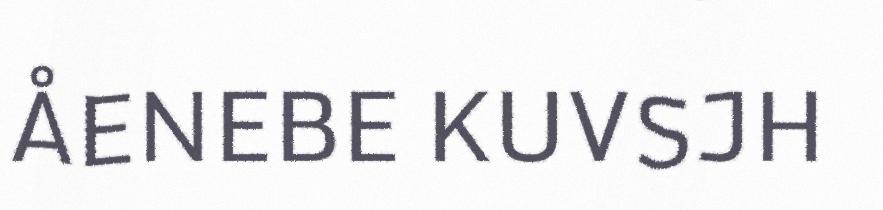
ÅENEBE KUVSJH